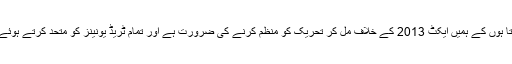
میں تمام ٹریڈیونینز کی قیاد توں سے اپیل کرتا ہوں کے ہمیں ایکٹ 2013 کے خلاف مل کر تحریک کو منظم کرنے کی ضرورت ہے اور تمام ٹریڈ یونینز کو متحد کرتے ہوئے فیڈریشن کی طرف جانے کی ضرورت ہے۔